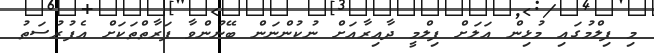
މި ފިލްމުގައި މުޅިން އަލަށް ފިލްމީ ދާއިރާއަށް ނުކުންނަން ބޭނުންވާ ފަރާތްތަކަށް އެފުރުސަތު